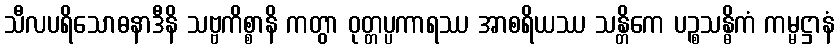
သီလပရိသောဓနာဒီနိ သဗ္ဗကိစ္စာနိ ကတွာ ဝုတ္တပ္ပကာရဿ အာစရိယဿ သန္တိကေ ပဉ္စသန္ဓိကံ ကမ္မဋ္ဌာနံ